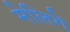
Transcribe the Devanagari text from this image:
मेलिगे